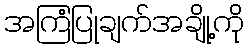
အကြံပြုချက်အချို့ကို